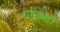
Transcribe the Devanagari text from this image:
धमकाती